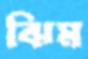
ঝিম